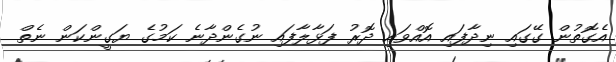
އެގޮތުން ގޭގައި ނިދާފައި އޮއްވައި ދޮރު ފަޅާލާފައި ނުގެންދާނެ ކަމުގެ ޔަގީންކަން ނެތް